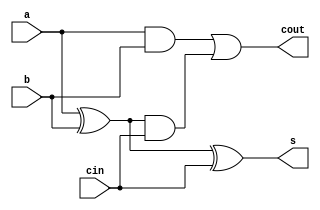
`timescale 1ns/100ps

module full_adder(
	input a,b,cin,
	output s,cout);
	
	assign s = (a^b)^cin;
	assign cout = ((a&b) | ((a^b)&cin));
endmodule






module tb_full_adder();
	reg a,b,cin;
	wire s,cout;

	full_adder full_adder0(a,b,cin,s,cout);

	initial begin
		a=0;b=0;cin=0;
		#10
		a=0;b=0;cin=1;
		#10
		a=0;b=1;cin=0;
		#10
		a=0;b=1;cin=1;
		#10
		a=1;b=0;cin=0;
		#10
		a=1;b=0;cin=1;
		#10
		a=1;b=1;cin=0;
		#10
		a=1;b=1;cin=1;
	end
endmodule